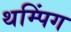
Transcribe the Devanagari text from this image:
थम्पिंग